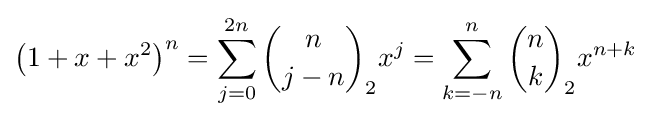
\left(1+x+x^{2}\right)^{n}=\sum _{j=0}^{2n}{n \choose j-n}_{2}x^{j}=\sum _{k=-n}^{n}{n \choose k}_{2}x^{n+k}